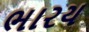
ભારય